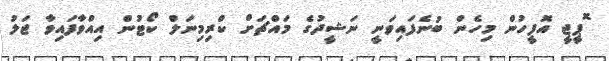
ޮޕީޖީ އޮފީހުން މިހެން ބުނެފައިވަނީ ނަޝީދުގެ މައްޗަށް ކްރިމިނަލް ކޯޓުން އިއްވާފައިވާ ޖަލު